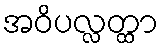
အဝိပလ္လတ္ထာ